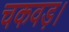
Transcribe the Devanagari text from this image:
चकवड़।